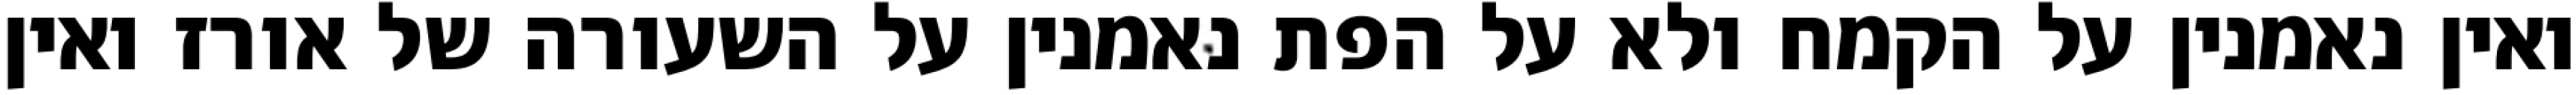
ואין נאמנין על הקמח ולא על הפת נאמנין על השעורה של אורז ואין